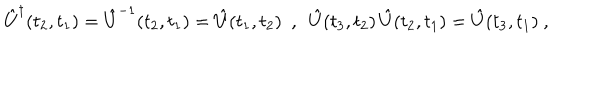
\hat { U } ^ { \dagger } ( t _ { 2 } , t _ { 1 } ) = \hat { U } ^ { - 1 } ( t _ { 2 } , t _ { 1 } ) = \hat { U } ( t _ { 1 } , t _ { 2 } ) \ \ , \ \ \hat { U } ( t _ { 3 } , t _ { 2 } ) \, \hat { U } ( t _ { 2 } , t _ { 1 } ) = \hat { U } ( t _ { 3 } , t _ { 1 } ) \ ,